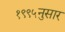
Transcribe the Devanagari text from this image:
१९९५नुसार